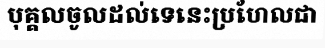
បុគ្គលចូលដល់ទេនេះប្រហែលជា